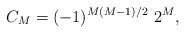
\begin{align*}C_M=(-1)^{M(M-1)/2} \,\,2^M,\end{align*}